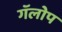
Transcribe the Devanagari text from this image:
गॅलोप